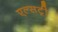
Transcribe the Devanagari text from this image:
एल्सट्री